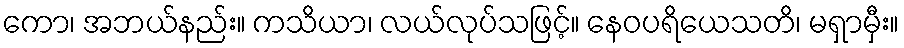
ကော၊ အဘယ်နည်း။ ကသိယာ၊ လယ်လုပ်သဖြင့်။ နေဝပရိယေသတိ၊ မရှာမှီး။